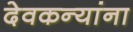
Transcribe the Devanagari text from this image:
देवकन्यांना